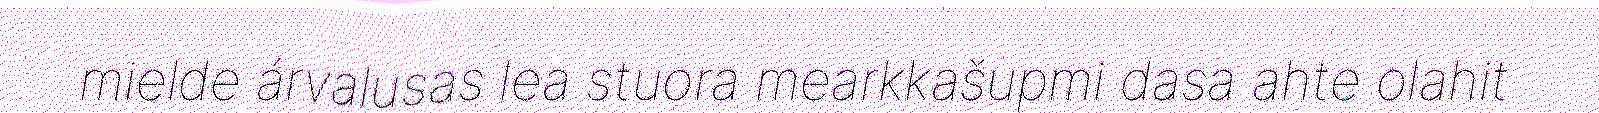
mielde árvalusas lea stuora mearkkašupmi dasa ahte olahit